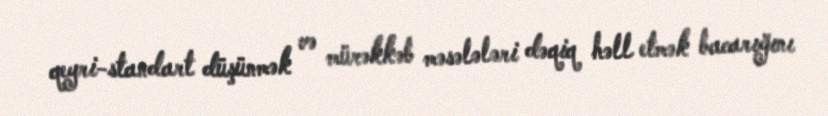
qeyri-standart düşünmək və mürəkkəb məsələləri dəqiq həll etmək bacarığını